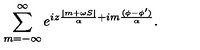
\sum _ { m = - \infty } ^ { \infty } e ^ { i z \frac { | m + \omega S | } \alpha + i m \frac { ( \phi - \phi ^ { \prime } ) } \alpha } .